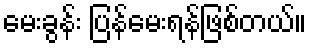
မေးခွန်း ပြန်မေးရန်ဖြစ်တယ်။